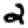
Digit: 2